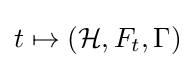
t\mapsto ({\mathcal {H}},F_{t},\Gamma )